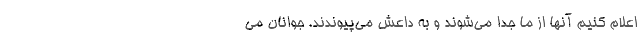
اعلام كنيم آنها از ما جدا مي‌شوند و به داعش مي‌پيوندند. جوانان مي